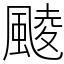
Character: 䬋